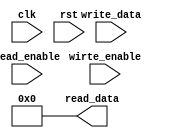
module Register #(parameter w = 16)  (read_enable,wirte_enable,read_data,write_data,clk,rst);
input read_enable,wirte_enable,clk,rst;
output [w-1:0] read_data;
input [w-1:0] write_data;
reg [w-1:0] read_data;
reg [w-1:0] data;
always @(posedge clk) begin
    if(read_enable==1)
    begin
        read_data=data;
    end
    
end
always @(negedge clk) begin
    if(wirte_enable==1)
    begin
        data=write_data;
    end

end
always @( rst) begin
    read_data=0;
    data=0;
end


endmodule